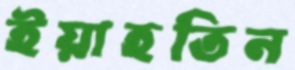
ইয়াহতিন